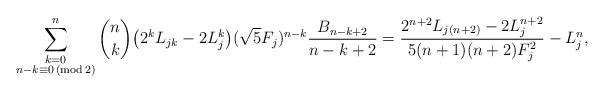
LaTeX: \begin{align*} \sum_{\substack{k=0 \\ n - k \equiv 0 \,(\mathrm {mod} \,2)}}^n \binom{n}{k} \big ( 2^k L_{jk} - 2 L_j^k \big ) (\sqrt{5} F_j)^{n-k} \frac{B_{n-k+2}}{n-k+2}= \frac{2^{n+2}L_{j(n+2)}-2L_j^{n+2}}{5(n+1)(n+2)F_j^2} - L_j^n, \end{align*}